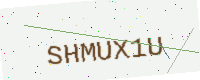
Text: SHMUX1U